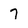
Character: 7